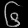
Digit: ၆